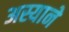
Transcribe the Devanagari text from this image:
अस्याने